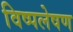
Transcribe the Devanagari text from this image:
विष्पलेषण